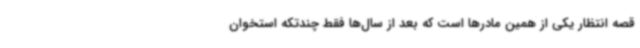
قصه انتظار یکی از همین مادرها است که بعد از سال‌ها فقط چندتکه استخوان